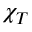
\chi _ { T }